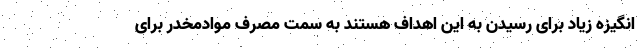
انگیزه زیاد برای رسیدن به این اهداف هستند به سمت مصرف موادمخدر برای